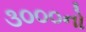
૩૦૦૦નો